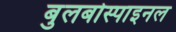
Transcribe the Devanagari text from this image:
बुलबोस्पाइनल